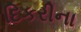
દિકરીના